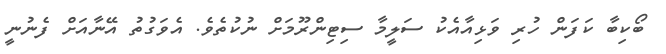
ބޯކިބާ ކަފަން ހުރި ވަޅިއާއެކު ސަލީމާ ސިޓިންރޫމަށް ނުކުތެވެ. އެވަގުތު އޭނާއަށް ފެނުނީ